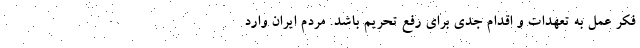
فکر عمل به تعهدات و اقدام جدی برای رفع تحریم باشد. مردم ایران وارد